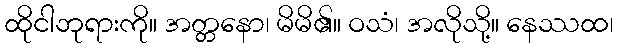
ထိုငါဘုရားကို။ အတ္တနော၊ မိမိ၏။ ဝသံ၊ အလိုသို့။ နေဿထ၊